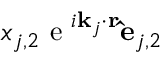
x _ { j , 2 } \textrm { e } ^ { i \mathbf { k } _ { j } \cdot \mathbf { r } } \mathbf { \hat { e } } _ { j , 2 }